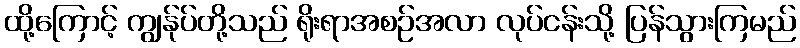
ထို့ကြောင့် ကျွန်ုပ်တို့သည် ရိုးရာအစဉ်အလာ လုပ်ငန်းသို့ ပြန်သွားကြမည်